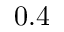
0 . 4